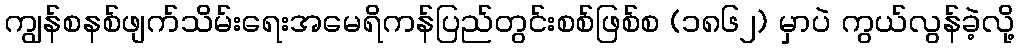
ကျွန်စနစ်ဖျက်သိမ်းရေးအမေရိကန်ပြည်တွင်းစစ်ဖြစ်စ (၁၈၆၂) မှာပဲ ကွယ်လွန်ခဲ့လို့